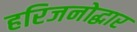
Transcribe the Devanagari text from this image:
हरिजनोद्धार